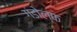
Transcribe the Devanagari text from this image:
गंडोल्फ